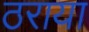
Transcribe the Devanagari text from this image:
ठराया